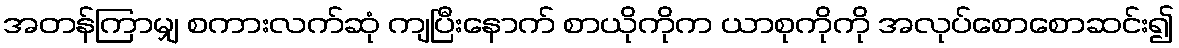
အတန်ကြာမျှ စကားလက်ဆုံ ကျပြီးနောက် စာယိုကိုက ယာစုကိုကို အလုပ်စောစောဆင်း၍